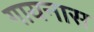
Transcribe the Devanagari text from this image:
गायनास